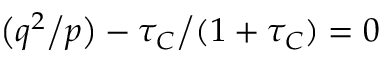
\big ( q ^ { 2 } \big / p \big ) - \tau _ { C } \big / ( 1 + \tau _ { C } ) = 0